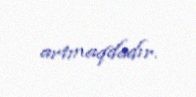
artmaqdadır.